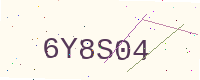
Text: 6Y8S04